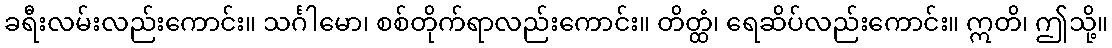
ခရီးလမ်းလည်းကောင်း။ သင်္ဂါမော၊ စစ်တိုက်ရာလည်းကောင်း။ တိတ္ထံ၊ ရေဆိပ်လည်းကောင်း။ ဣတိ၊ ဤသို့။